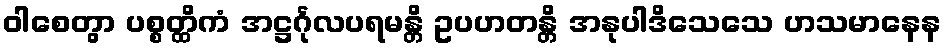
ဝါစေတွာ ပစ္စတ္ထိကံ အဋ္ဌင်္ဂုလပရမန္တိ ဥပဟတန္တိ အနုပါဒိသေသေ ဟသမာနေန